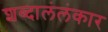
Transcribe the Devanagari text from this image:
शब्दालंलंकार